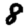
Digit: 8